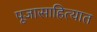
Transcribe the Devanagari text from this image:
पूजासाहित्यात